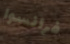
فرانسوا